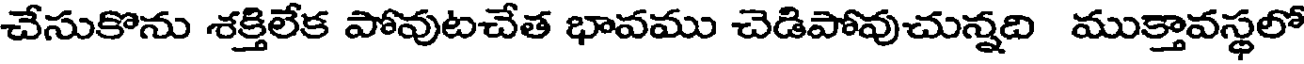
చేసుకొను శక్తిలేక పోవుటచేత భావము చెడిపోవుచున్నది ముక్తావస్థలో